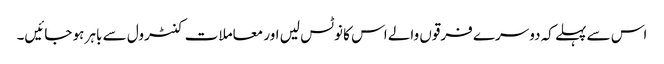
اس سے پہلے کہ دوسرے فرقوں والے اس کا نوٹس لیں اور معاملات کنٹرول سے باہر ہو جائیں۔